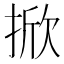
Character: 掀